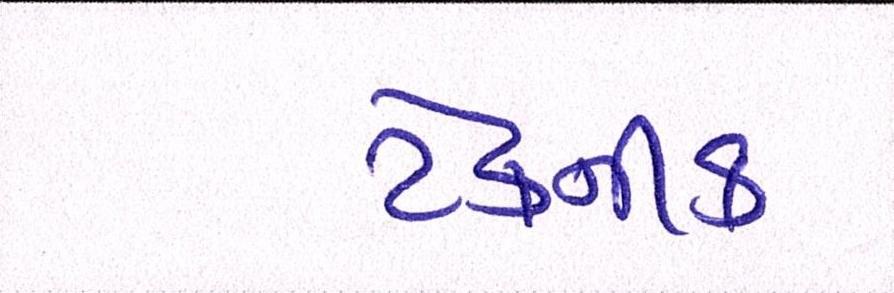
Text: ટેકનીક